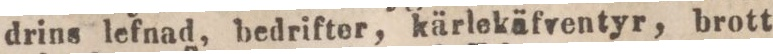
drins lefnad, bedrifter, kärlekäfventyr, brott